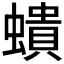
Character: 𧑋